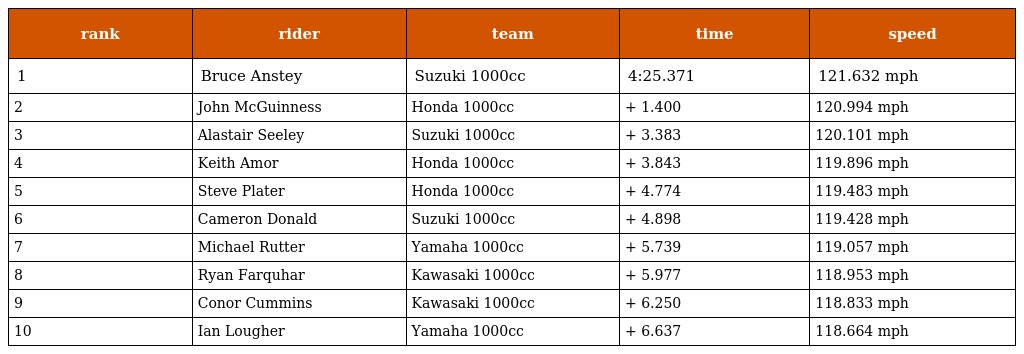
| rank | rider | team | time | speed |
 | --- | --- | --- | --- | --- |
 | 1 | Bruce Anstey | Suzuki 1000cc | 4:25.371 | 121.632 mph |
 | 2 | John McGuinness | Honda 1000cc | + 1.400 | 120.994 mph |
 | 3 | Alastair Seeley | Suzuki 1000cc | + 3.383 | 120.101 mph |
 | 4 | Keith Amor | Honda 1000cc | + 3.843 | 119.896 mph |
 | 5 | Steve Plater | Honda 1000cc | + 4.774 | 119.483 mph |
 | 6 | Cameron Donald | Suzuki 1000cc | + 4.898 | 119.428 mph |
 | 7 | Michael Rutter | Yamaha 1000cc | + 5.739 | 119.057 mph |
 | 8 | Ryan Farquhar | Kawasaki 1000cc | + 5.977 | 118.953 mph |
 | 9 | Conor Cummins | Kawasaki 1000cc | + 6.250 | 118.833 mph |
 | 10 | Ian Lougher | Yamaha 1000cc | + 6.637 | 118.664 mph |